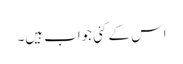
اس کے کئی جواب ہیں۔